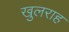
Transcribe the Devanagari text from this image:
खुलराह